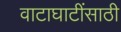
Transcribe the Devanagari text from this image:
वाटाघाटींसाठी